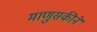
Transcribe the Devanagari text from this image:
माणुसकीने